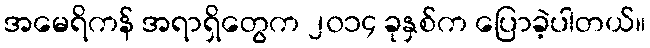
အမေရိကန် အရာရှိတွေက ၂၀၁၄ ခုနှစ်က ပြောခဲ့ပါတယ်။